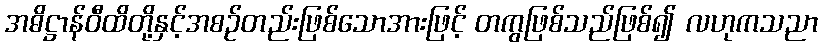
အဓိဋ္ဌာန်ဝီထိတို့နှင့်အစဉ်တည်းဖြစ်သောအားဖြင့် တကွဖြစ်သည်ဖြစ်၍ လဟုကသညာ